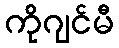
ကိုဂျင်မီ